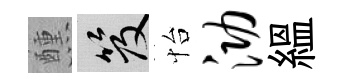
醺笈怡泐緼